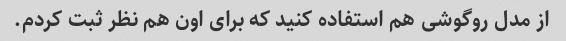
از مدل روگوشی هم استفاده کنید که برای اون هم نظر ثبت کردم.